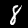
Label: 8